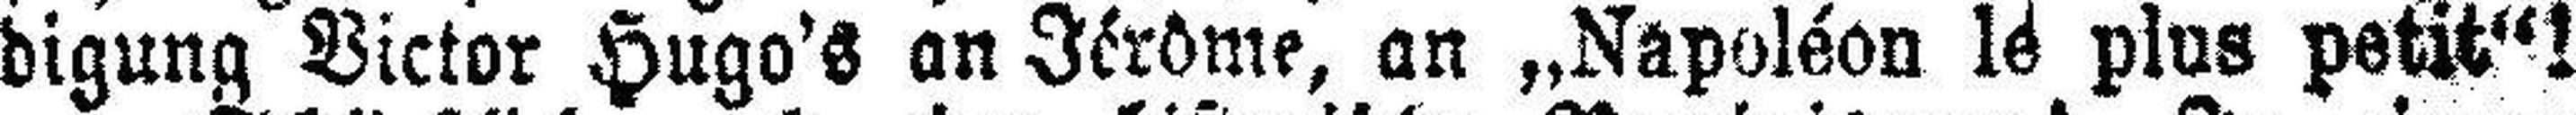
digung Victor Hugo's an Jérôme, an „Napoléon le plus petit“!